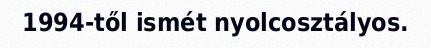
1994-től ismét nyolcosztályos.